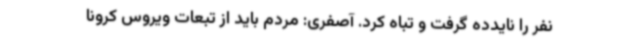
نفر را نایدده گرفت و تباه کرد. آصفری: مردم باید از تبعات ویروس کرونا